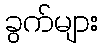
ခွက်များ